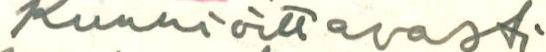
Kunnioittavasti